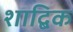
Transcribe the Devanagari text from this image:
शाद्बिक